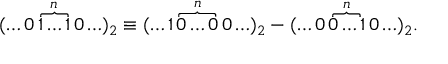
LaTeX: ( \ldots 0 \overbrace { 1 \ldots 1 } ^ { n } 0 \ldots ) _ { 2 } \equiv ( \ldots 1 \overbrace { 0 \ldots 0 } ^ { n } 0 \ldots ) _ { 2 } - ( \ldots 0 \overbrace { 0 \ldots 1 } ^ { n } 0 \ldots ) _ { 2 } .